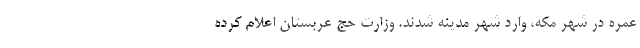
عمره در شهر مکه، وارد شهر مدینه شدند. وزارت حج عربستان اعلام کرده